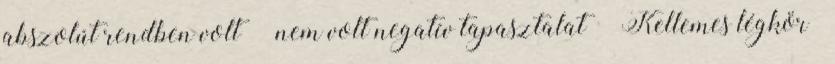
abszolút rendben volt” „nem volt negatív tapasztalat” „Kellemes légkör”